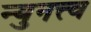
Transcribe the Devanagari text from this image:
न्युनत्त्व